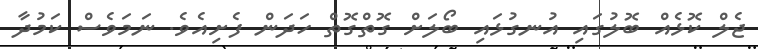
ޖެލް ކޮޅެއް ބޮލުގައި އުނގުޅައި ބޯލަށް ގޮތްގޮތް ހަދަން ފެށިއެވެ. ނަމަވެސް ކަމުދާ